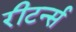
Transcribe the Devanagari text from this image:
रीटर्न्स